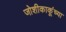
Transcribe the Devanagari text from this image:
जोशीकाकूंच्या